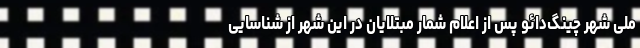
ملی شهر چینگ‌دائو پس از اعلام شمار مبتلایان در این شهر از شناسایی